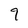
Character: 7